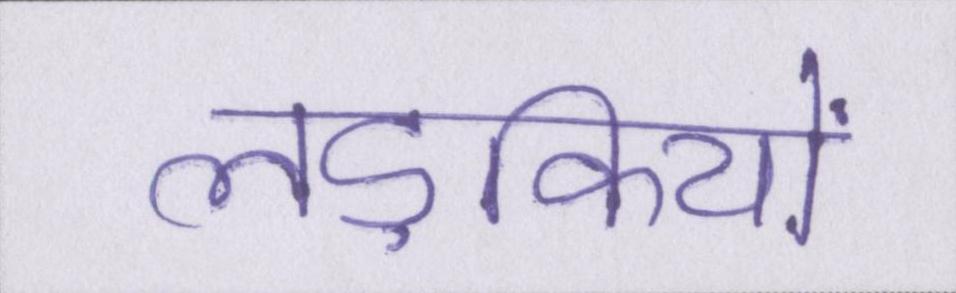
लड़कियों